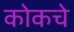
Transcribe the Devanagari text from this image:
कोकचे